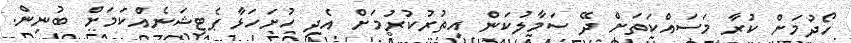
ހޯދުމަށް ކުރާ މަސައްކަތަށް ދޭ ސަމާލުކަން އިތުރުކުރުމަށް އެދި ހުށަހަޅާ ޕެޓިޝަނެއްކަމަށް ބުނިން.